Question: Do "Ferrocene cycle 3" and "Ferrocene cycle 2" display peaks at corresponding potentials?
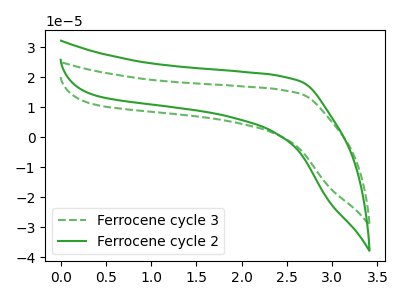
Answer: <think>The green dashed curve "Ferrocene cycle 3" has no peaks. The green curve "Ferrocene cycle 2" has no peaks.</think>
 <answer>Niether CV has any peaks.</answer>
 <eval>blanks</eval>